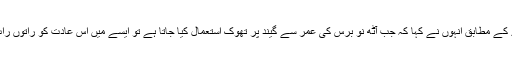
غیر ملکی خبر رساں ادارے کے مطابق انہوں نے کہا کہ جب آٹھ نو برس کی عمر سے گیند پر تھوک استعمال کیا جاتا ہے تو ایسے میں اس عادت کو راتوں رات چھوڑنا بہت مشکل ہو گا۔